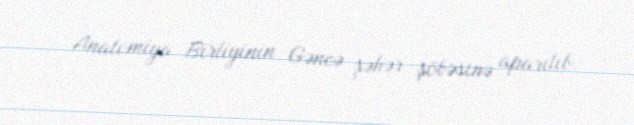
Anatomiya Birliyinin Gəncə şəhər şöbəsinə aparılıb.